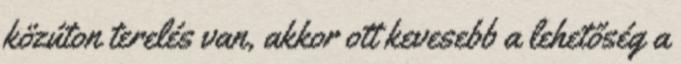
közúton terelés van, akkor ott kevesebb a lehetőség a